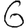
Digit: 6